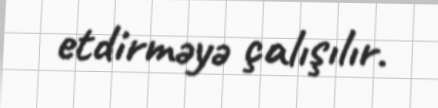
etdirməyə çalışılır.